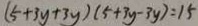
( 5 + 3 y + 3 y ) ( 5 + 3 y - 3 y ) = 1 5